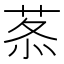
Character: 𦰍